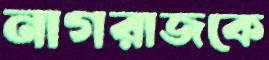
নাগরাজকে